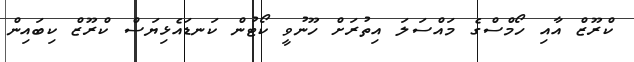
ކްރޫޒް އާއި ހޯމްސްގެ މައްސަލަ އިތުރަށް ހޫނުވީ ކޯޓުން ކަނޑައެޅިޔަސް ކްރޫޒް ކިބައިން